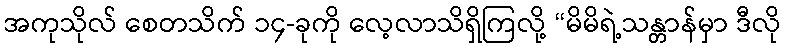
အကုသိုလ် စေတသိက် ၁၄-ခုကို လေ့လာသိရှိကြလို့ “မိမိရဲ့သန္တာန်မှာ ဒီလို